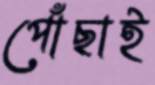
পোঁছাই